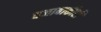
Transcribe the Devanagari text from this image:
वजाबाकीही